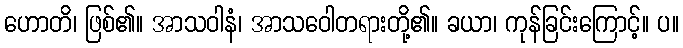
ဟောတိ၊ ဖြစ်၏။ အာသဝါနံ၊ အာသဝေါတရားတို့၏။ ခယာ၊ ကုန်ခြင်းကြောင့်။ ပ။